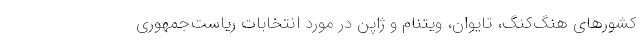
کشورهای هنگ‌کنگ، تایوان، ویتنام و ژاپن در مورد انتخابات ریاست‌جمهوری